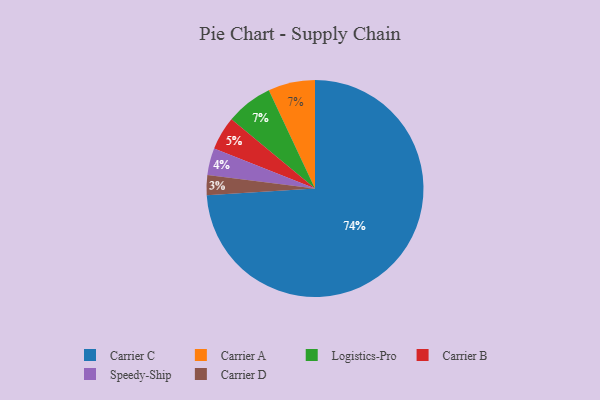
{"axis": {"x": "Category", "y": "Percentage"}, "legend": ["Carrier A", "Carrier B", "Carrier C", "Carrier D", "Logistics-Pro", "Speedy-Ship"], "data": [{"x": "Carrier B", "y": 5, "type": "Carrier B"}, {"x": "Carrier A", "y": 7, "type": "Carrier A"}, {"x": "Logistics-Pro", "y": 7, "type": "Logistics-Pro"}, {"x": "Speedy-Ship", "y": 4, "type": "Speedy-Ship"}, {"x": "Carrier D", "y": 3, "type": "Carrier D"}, {"x": "Carrier C", "y": 74, "type": "Carrier C"}]}